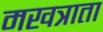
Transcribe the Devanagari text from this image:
मखत्राता